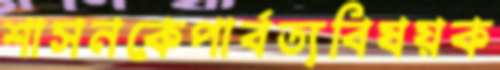
শাসনকেপার্বত্যবিষয়ক